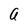
Character: a